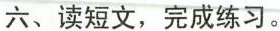
六、读短文，完成练习。